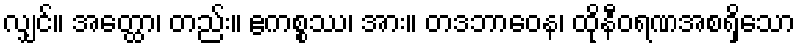
လျှင်။ အတ္ထော၊ တည်း။ ဧကစ္စဿ၊ အား။ တဒဘာဝေန၊ ထိုနီဝရဏအစရှိသော